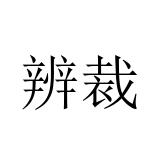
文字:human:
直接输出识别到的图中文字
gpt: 辨裁